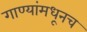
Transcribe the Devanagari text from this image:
गाण्यांमधूनच